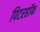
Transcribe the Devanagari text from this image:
पिटरहॉफ